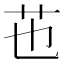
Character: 𦬎